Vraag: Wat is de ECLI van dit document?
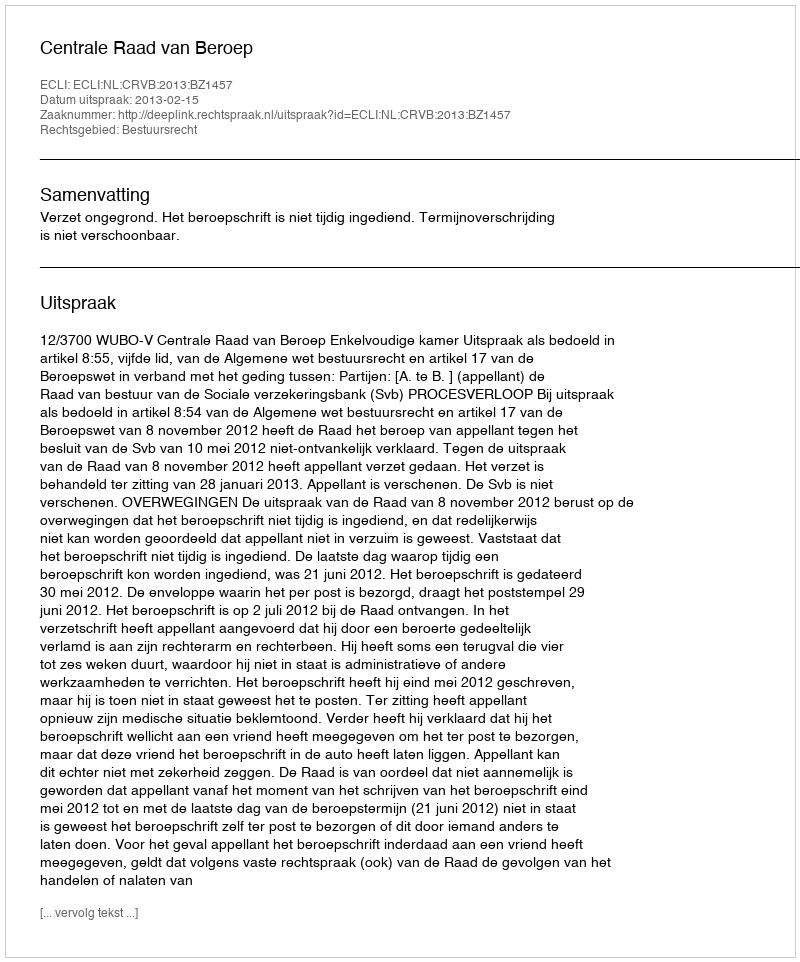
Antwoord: ECLI:NL:CRVB:2013:BZ1457